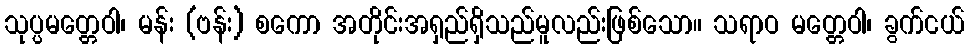
သုပ္ပမတ္တေဝါ၊ မန်း (ဗန်း) စကော အတိုင်းအရှည်ရှိသည်မူလည်းဖြစ်သော။ သရာဝ မတ္တေဝါ၊ ခွက်ငယ်